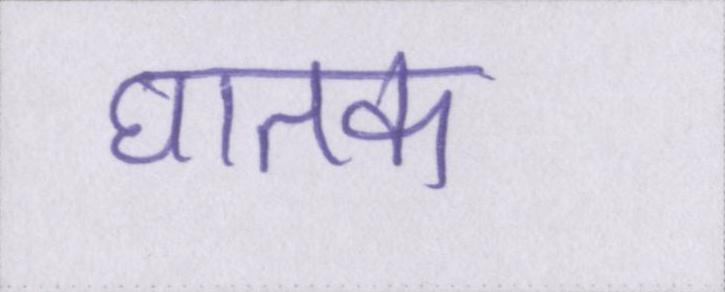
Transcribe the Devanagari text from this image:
घातक